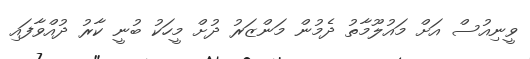
ވީނިއުސް އަށް މައުލޫމާތު ދެމުން މަންޒަރު ދުށް މީހަކު ބުނީ ކާރު ދުއްވާފައި